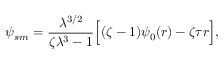
\psi _ { s m } = \frac { \lambda ^ { 3 / 2 } } { \zeta \lambda ^ { 3 } - 1 } \Big [ ( \zeta - 1 ) \psi _ { 0 } ( r ) - \zeta \tau r \Big ] ,